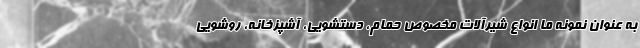
به عنوان نمونه ما انواع شیرآلات مخصوص حمام، دستشویی، آشپزخانه، روشویی